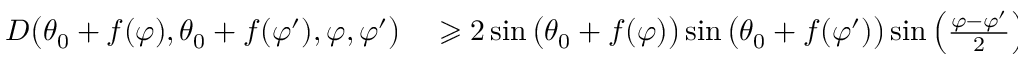
\begin{array} { r l } { D \big ( \theta _ { 0 } + f ( \varphi ) , \theta _ { 0 } + f ( \varphi ^ { \prime } ) , \varphi , \varphi ^ { \prime } \big ) } & { { } \geqslant 2 \sin \big ( \theta _ { 0 } + f ( \varphi ) \big ) \sin \big ( \theta _ { 0 } + f ( \varphi ^ { \prime } ) \big ) \sin \left( \frac { \varphi - \varphi ^ { \prime } } { 2 } \right) } \end{array}